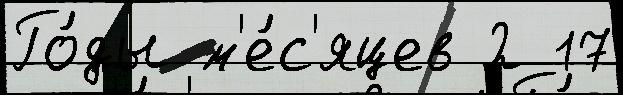
Го́ды м'е́с'яцев 2 17